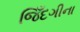
જિઁદગીના